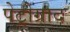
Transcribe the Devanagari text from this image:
पेट्रोग्राद